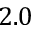
2 . 0